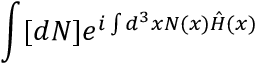
\int [ d N ] e ^ { i \int d ^ { 3 } x N ( x ) { \hat { H } } ( x ) }